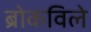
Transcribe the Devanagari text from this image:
ब्रोकविले